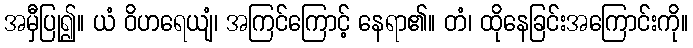
အမှီပြု၍။ ယံ ဝိဟရေယျံ၊ အကြင်ကြောင့် နေရာ၏။ တံ၊ ထိုနေခြင်းအကြောင်းကို။